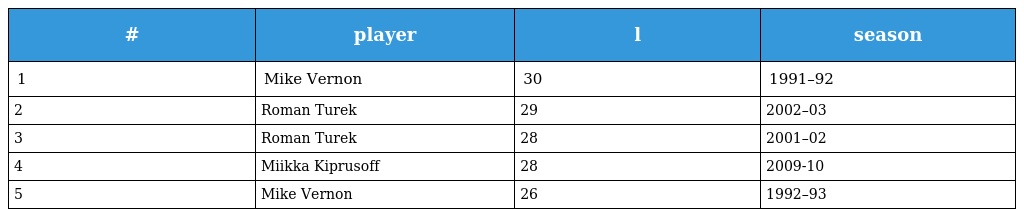
| # | player | l | season |
 | --- | --- | --- | --- |
 | 1 | Mike Vernon | 30 | 1991–92 |
 | 2 | Roman Turek | 29 | 2002–03 |
 | 3 | Roman Turek | 28 | 2001–02 |
 | 4 | Miikka Kiprusoff | 28 | 2009-10 |
 | 5 | Mike Vernon | 26 | 1992–93 |